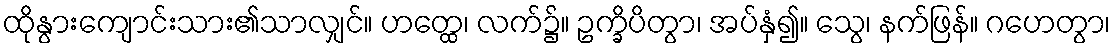
ထိုနွားကျောင်းသား၏သာလျှင်။ ဟတ္ထေ၊ လက်၌။ ဥက္ခိပိတွာ၊ အပ်နှံ၍။ သွေ၊ နက်ဖြန်။ ဂဟေတွာ၊